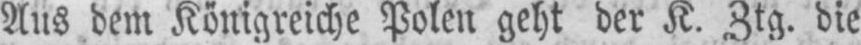
Aus dem Königreiche Polen geht der K. Ztg. die